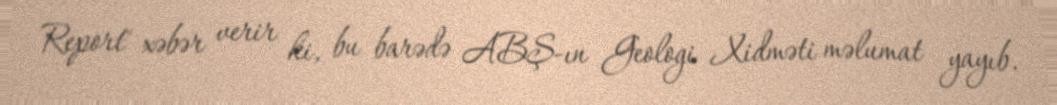
Report" xəbər verir ki, bu barədə ABŞ-ın Geologi Xidməti məlumat yayıb.